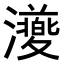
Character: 𭳨